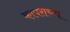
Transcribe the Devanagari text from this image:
कापराच्या